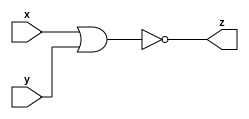
`timescale 1ns / 1ps
//////////////////////////////////////////////////////////////////////////////////
// Company: 
// Engineer: 
// 
// Design Name: 
// Module Name:    nor_1 
// Project Name: 
// Target Devices: 
// Tool versions: 
// Description: 
//
// Dependencies: 
//
// Revision: 
// Revision 0.01 - File Created
// Additional Comments: 
//
//////////////////////////////////////////////////////////////////////////////////
module nor_1(
    input x,
    input y,
    output z
    );

nor g1(z,x,y);
endmodule